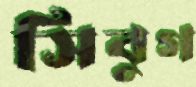
সিবুগ